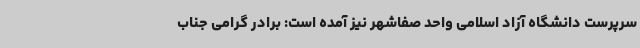
سرپرست دانشگاه آزاد اسلامی واحد صفاشهر نیز آمده است: برادر گرامی جناب